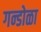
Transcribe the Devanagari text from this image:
गन्डोळा